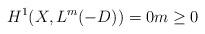
LaTeX: \begin{align*}H^1(X, L^m( - D)) = 0 m\geq 0\end{align*}